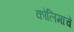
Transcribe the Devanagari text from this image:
कोलिमाचे